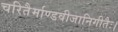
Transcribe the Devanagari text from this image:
चरितैर्माण्डवीजानिगीतैः।